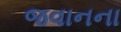
જવાનના